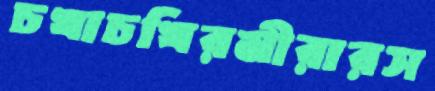
চখাচখিরমীরারস